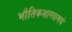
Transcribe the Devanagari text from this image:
भौतिकशास्त्रामधे